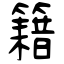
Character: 籍